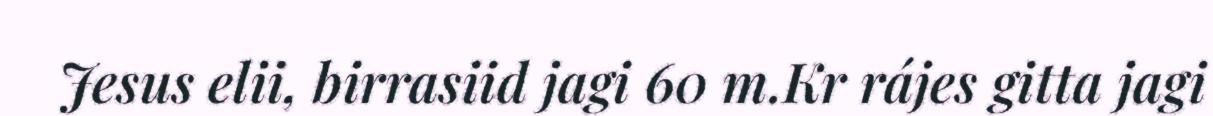
Jesus elii, birrasiid jagi 60 m.Kr rájes gitta jagi